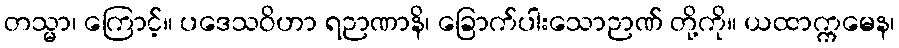
တသ္မာ၊ ကြောင့်။ ပဒေသဝိဟာ ရဉာဏာနိ၊ ခြောက်ပါးသောဉာဏ် တို့ကို။ ယထာက္ကမေန၊